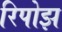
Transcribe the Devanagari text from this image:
रिपोझ